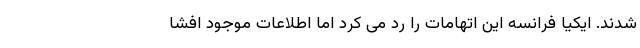
شدند. ایکیا فرانسه این اتهامات را رد می کرد اما اطلاعات موجود افشا